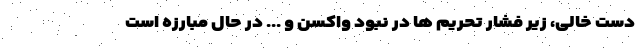
دست خالی، زیر فشار تحریم ها در نبود واکسن و ... در حال مبارزه است